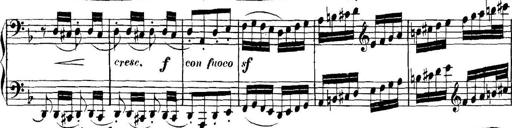
Title: Collected Piano Sonatas
Composer: Muzio Clementi